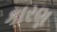
કારણ